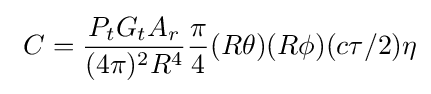
\ C={\frac {P_{t}G_{t}A_{r}}{(4\pi )^{2}R^{4}}}{\frac {\pi }{4}}(R\theta )(R\phi )(c\tau /2)\eta